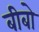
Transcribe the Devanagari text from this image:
बीबो